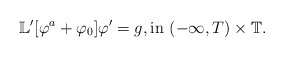
\begin{align*}\mathbb L^\prime[\varphi^a+\varphi_0]\varphi^\prime=g, \mbox{in} \,\,(-\infty,T)\times \mathbb{T}.\end{align*}